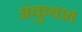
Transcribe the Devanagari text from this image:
अंकुवश